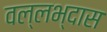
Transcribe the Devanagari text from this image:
वल्लभ्दास